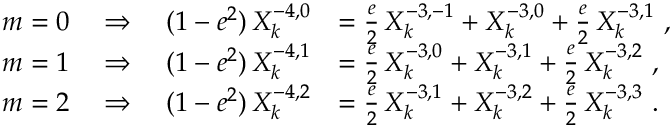
\begin{array} { r l } { m = 0 \quad \Rightarrow \quad ( 1 - e ^ { 2 } ) \, X _ { k } ^ { - 4 , 0 } } & { = \frac { e } { 2 } \, X _ { k } ^ { - 3 , - 1 } + X _ { k } ^ { - 3 , 0 } + \frac { e } { 2 } \, X _ { k } ^ { - 3 , 1 } \ , } \\ { m = 1 \quad \Rightarrow \quad ( 1 - e ^ { 2 } ) \, X _ { k } ^ { - 4 , 1 } } & { = \frac { e } { 2 } \, X _ { k } ^ { - 3 , 0 } + X _ { k } ^ { - 3 , 1 } + \frac { e } { 2 } \, X _ { k } ^ { - 3 , 2 } \ , } \\ { m = 2 \quad \Rightarrow \quad ( 1 - e ^ { 2 } ) \, X _ { k } ^ { - 4 , 2 } } & { = \frac { e } { 2 } \, X _ { k } ^ { - 3 , 1 } + X _ { k } ^ { - 3 , 2 } + \frac { e } { 2 } \, X _ { k } ^ { - 3 , 3 } \ . } \end{array}